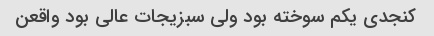
کنجدی یکم سوخته بود ولی سبزیجات عالی بود واقعن